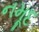
નમૂદ